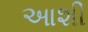
આશી